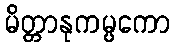
မိတ္တာနုကမ္ပကော